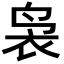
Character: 袅